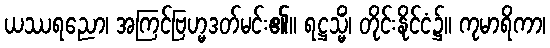
ယဿရညော၊ အကြင်ဗြဟ္မဒတ်မင်း၏။ ရဋ္ဌသ္မိံ၊ တိုင်းနိုင်ငံ၌။ ကုမာရိကာ၊